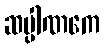
ဆပ္ပါဏကေ